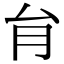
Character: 䏍